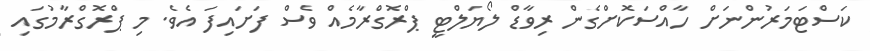
ކަސްޓަމަރުންނަށް ހާއްސަކޮށްގެން ރިވާޑް ލޯޔަލްޓީ ޕްރޮގްރާމެއް ވެސް ފަށައިފަ އެވެ. މި ޕްރޮގްރާމުގައި